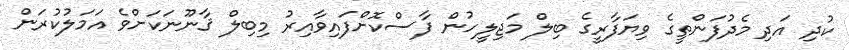
ކުދި އަދި މެދުފަންތީގެ ވިޔަފާރީގެ ބިލް މަޖިލީހުން ފާސްކޮށްފައިވާއިރު މިބިލް ޤާނޫނަކަށްވެ އަމަލުކުރަން